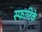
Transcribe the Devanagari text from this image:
स्फाटिके